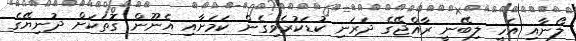
ލޯނާއި އެހީ ލިބޭނީ ރާއްޖޭގެ ދަރަނި ކުޑަކުރެވިގެން ކަަމަށާއި އެނޫން ގޮތަކަށް ދުނިޔޭގެ